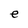
Character: e